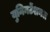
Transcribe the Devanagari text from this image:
युनिनटेंशनल